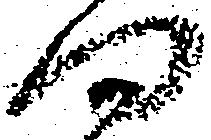
問